NAE_kihelkonnakohtute_kirjad_ja_protokollid_1869-1889, lk 5
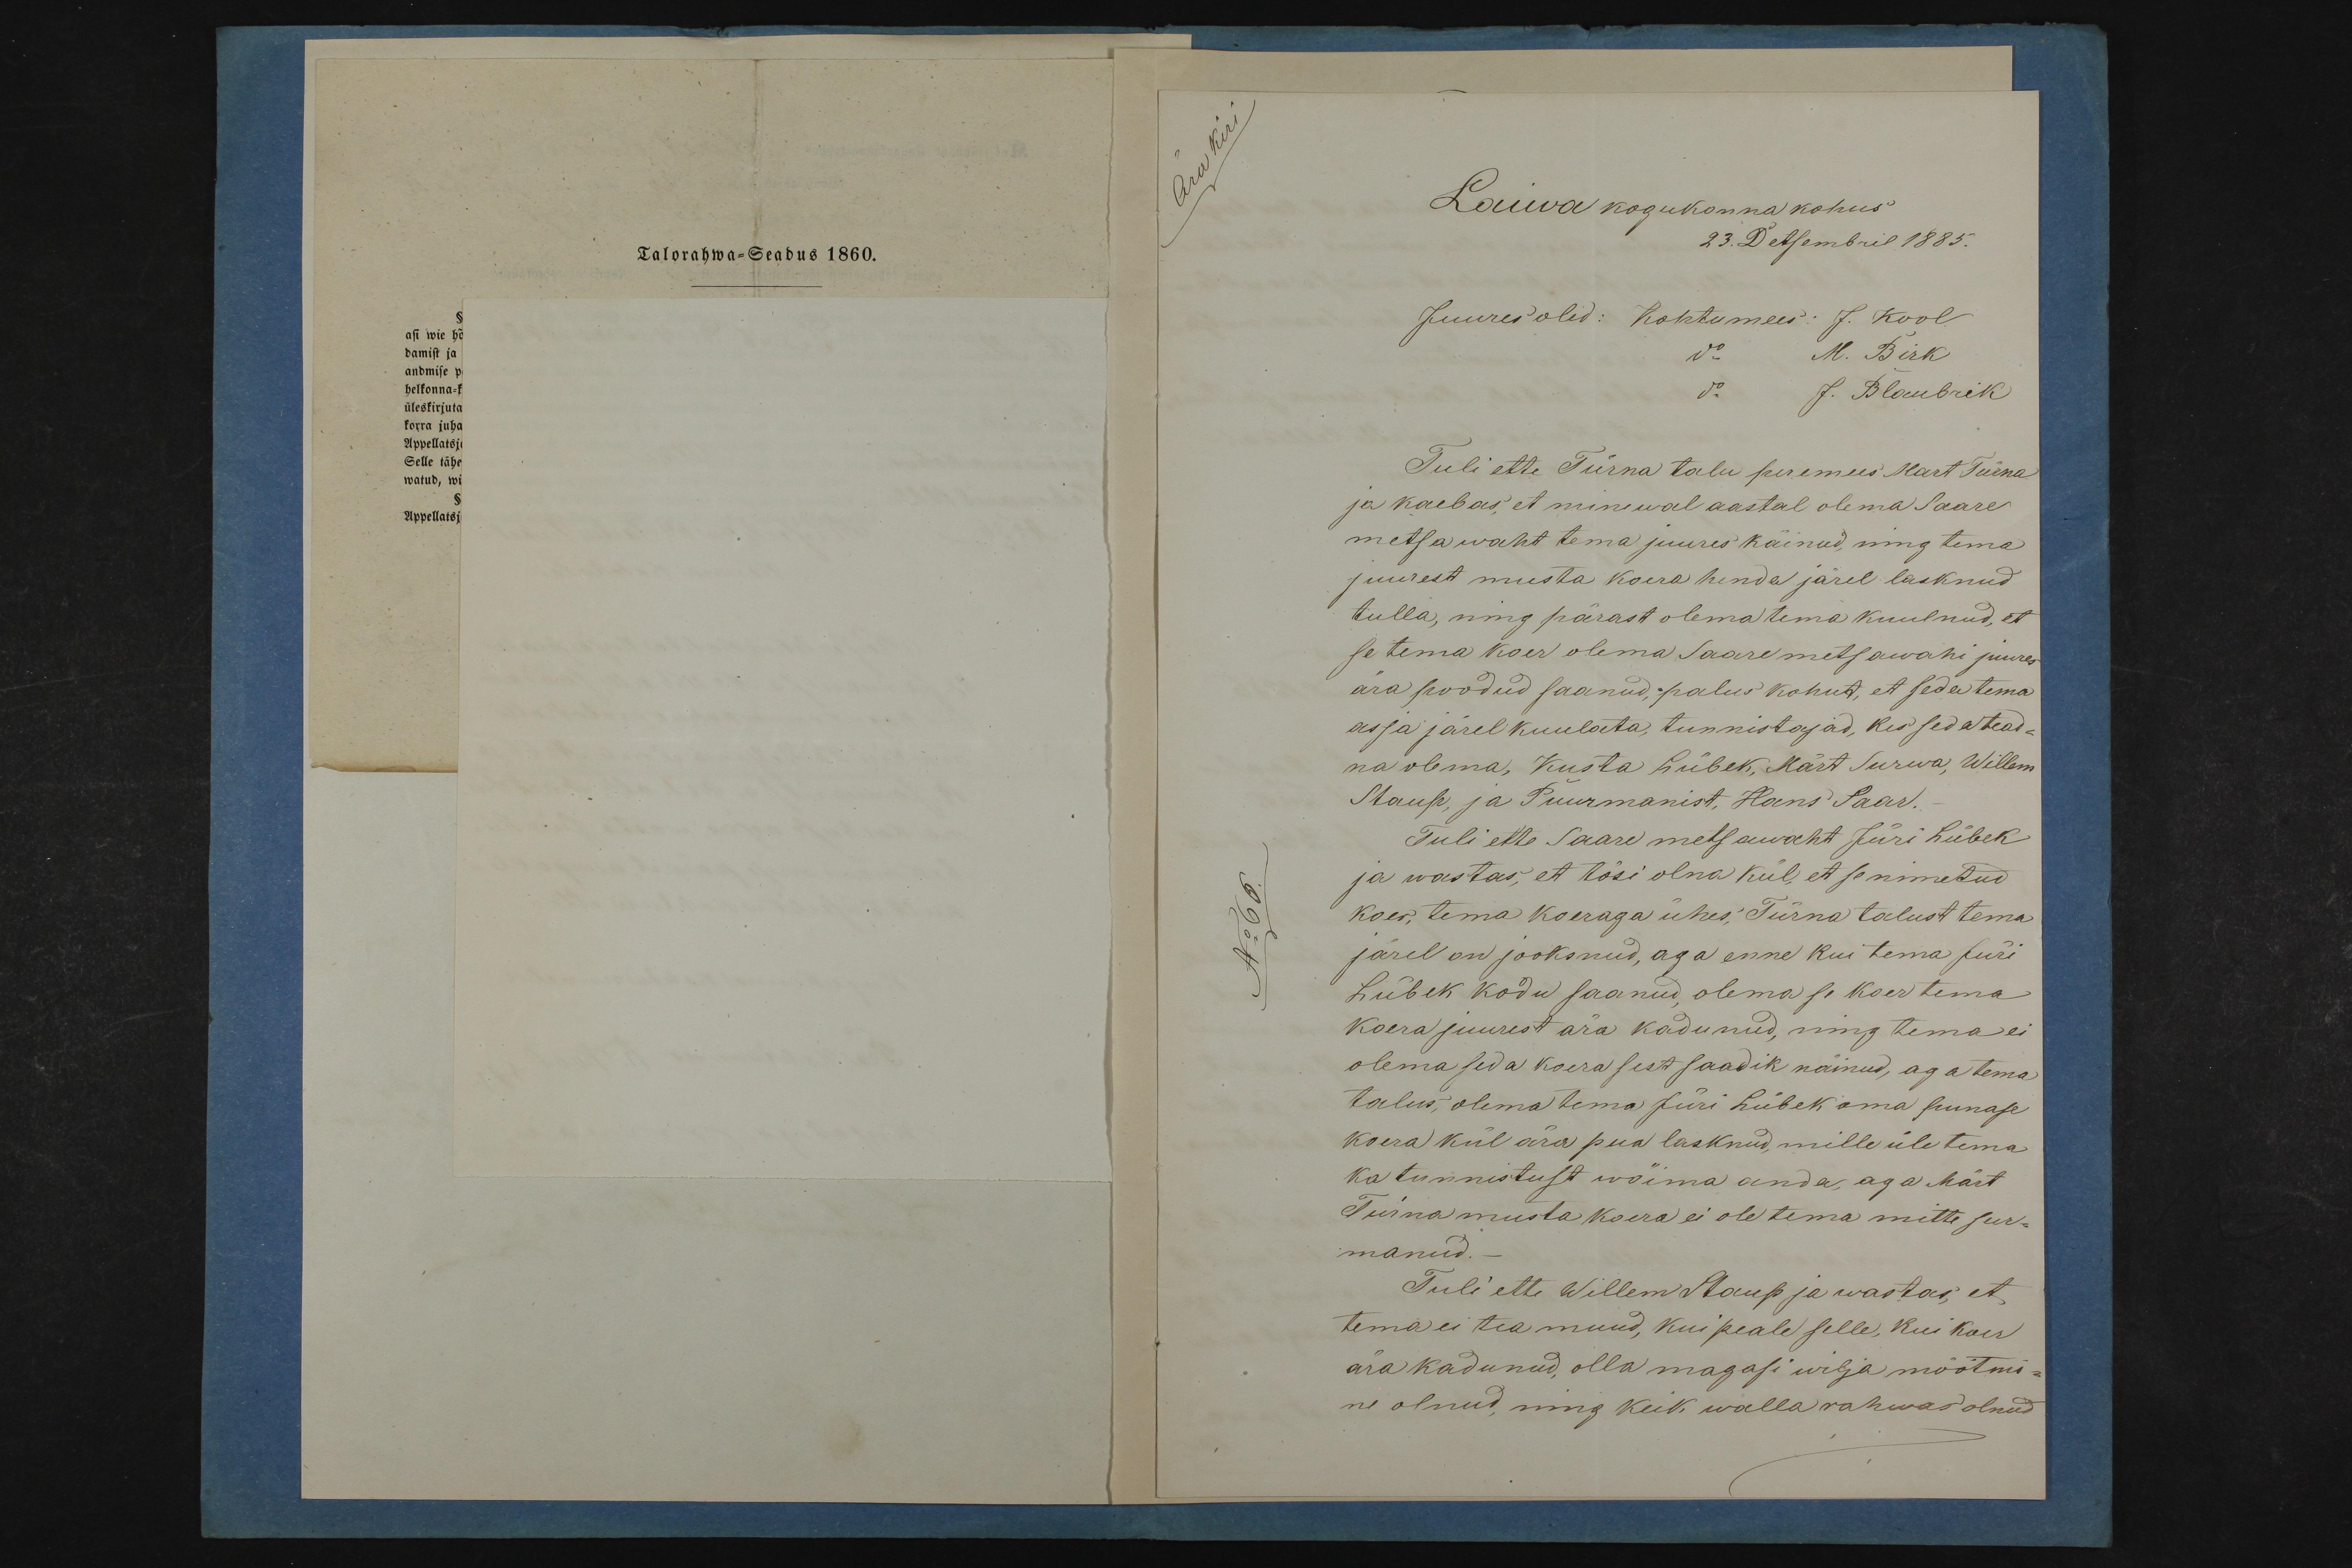
Talorahwa-Seadus 1860

Laiwa kogukonna kohus
23. Detsembril 1885.
Juures olid: Kohtumees: J. Kool
M. Birk
J. Blaubrik
Tuli ette Türna talu peremees Mart Türna
ja kaebas, et minewal aastal olema Saare
metsawaht tema juures käinud, ning tema
juurest musta koera henda järel lasknud
tulla, ning pärast olema tema kuulnud, et
se tema koer olema Saare metsawahi juures
ära poodud saanud, palus kohut, et seda tema
asja järel kuulata, tunnistajad, kes seda tead-
na olema, Kusta Lübek, Märt Surwa, Willem
Staup, ja Puurmanist, Hans Saar.
Tuli ette Saare metsawaht Jüri Lübek
ja wastas, et tösi olna kül, et se nimetud
koer, tema koeraga ühes, Türna talust tema
järel on jooksnud, aga enne kui tema Jüri
Lübek kodu saanud, olema se koer tema
koera juurest ära kadunud, ning tema ei
olema seda koera sest saadik näinud, aga tema
talus, olema tema Jüri Lübek oma punase
koera kül ära pua lasknud, mille üle tema
ka tunnistust wõima anda, aga Märt
Türna musta koera ei ole tema mitte sur-
manud.
Tuli ette Willem Staup ja wastas, et
tema ei tea muud, kui peale selle, kui koer
ära kadunud, olla magasi wilja mõõtmi-
ne olnud, ning keik wallarahwas olnud